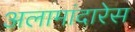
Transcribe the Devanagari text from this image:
अलामांदारेस